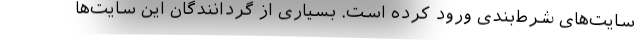
سایت‌های شرط‌‌بندی ورود کرده است. بسیاری از گردانندگان این سایت‌ها